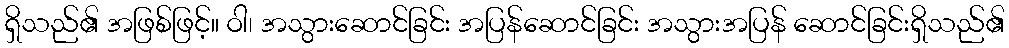
ရှိသည်၏ အဖြစ်ဖြင့်။ ဝါ၊ အသွားဆောင်ခြင်း အပြန်ဆောင်ခြင်း အသွားအပြန် ဆောင်ခြင်းရှိသည်၏